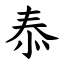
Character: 㤗